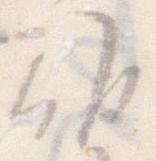
候